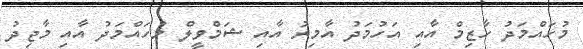
މުހައްމަދު ހާޒިމް އާއި އަހުމަދު އާމިރު އާއި ޝަމްވީލް މުހައްމަދު އާއި މާޖިދު